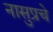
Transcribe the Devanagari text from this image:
नासुप्रचे